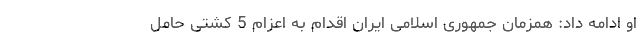
او ادامه داد: همزمان جمهوری اسلامی ایران اقدام به اعزام 5 کشتی حامل